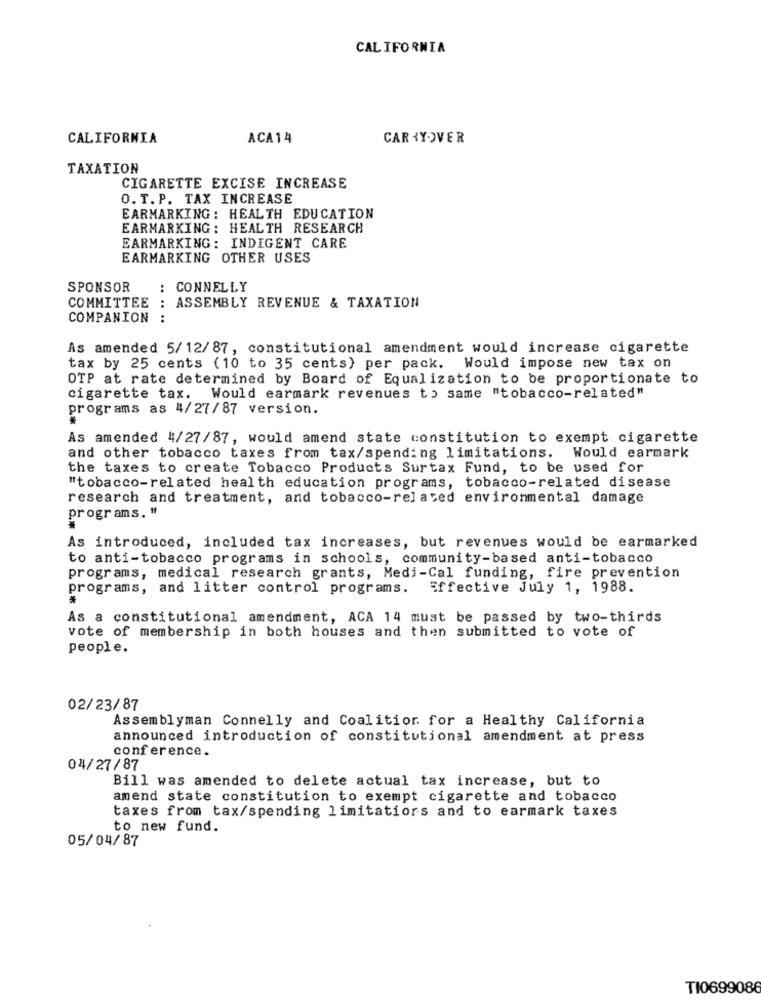
CALIFORNIA
CALIFORNIA
ACA14
CARRYOVER
TAXATION
CIGARETTE EXCISE INCREASE
O. T. P. TAX INCREASE
EARMARKING : HEALTH EDUCATION
EARMARKING : HEALTH RESEARCH
EARMARKING: INDIGENT CARE
EARMARKING OTHER USES
SPONSOR
CONNELLY
COMMITTEE : ASSEMBLY REVENUE & TAXATION
COMPANION
.... ..
As amended 5/12/87, constitutional amendment would increase cigarette
tax by 25 cents (10 to 35 cents) per pack. Would impose new tax on
OTP at rate determined by Board of Equalization to be proportionate to
cigarette tax.
Would earmark revenues to same "tobacco-related"
programs as 4/27/87 version.
As amended 4/27/87, would amend state constitution to exempt cigarette
and other tobacco taxes from tax/spending limitations. Would earmark
the taxes to create Tobacco Products Surtax Fund, to be used for
"tobacco-related health education programs, tobacco-related disease
research and treatment, and tobacco-related environmental damage
programs. "
As introduced, included tax increases, but revenues would be earmarked
to anti-tobacco programs in schools, community-based anti-tobacco
programs, medical research grants, Medi-Cal funding, fire prevention
programs, and litter control programs. Effective July 1, 1988.
As a constitutional amendment, ACA 14 must be passed by two-thirds
vote of membership in both houses and then submitted to vote of
people.
02/23/87
Assemblyman Connelly and Coalition for a Healthy California
announced introduction of constitutional amendment at press
conference.
04/27/87
Bill was amended to delete actual tax increase, but to
amend state constitution to exempt cigarette and tobacco
taxes from tax/spending limitatiors and to earmark taxes
to new fund.
05/04/87
TI0699086